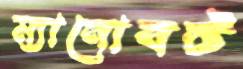
ম্যানোবট